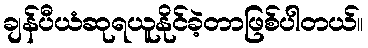
ချန်ပီယံဆုရယူနိုင်ခဲ့တာဖြစ်ပါတယ်။